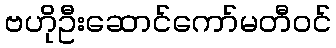
ဗဟိုဦးဆောင်ကော်မတီဝင်